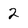
Character: 2